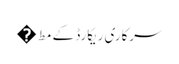
سرکاری ریکارڈ کے مط�